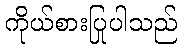
ကိုယ်စားပြုပါသည်